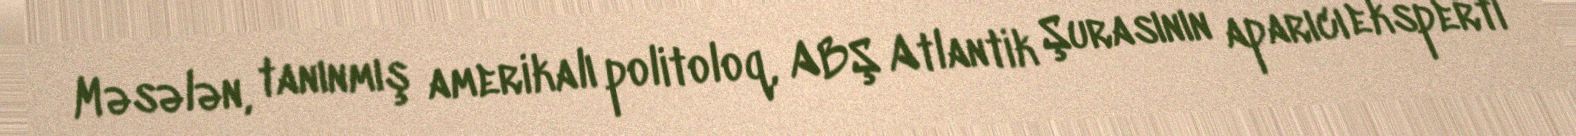
Məsələn, tanınmış amerikalı politoloq, ABŞ Atlantik Şurasının aparıcı eksperti